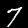
Digit: 7